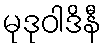
မုဒုဝါဒိနီ